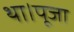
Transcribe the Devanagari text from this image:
था।पूजा